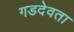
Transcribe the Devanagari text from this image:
गडदेवता